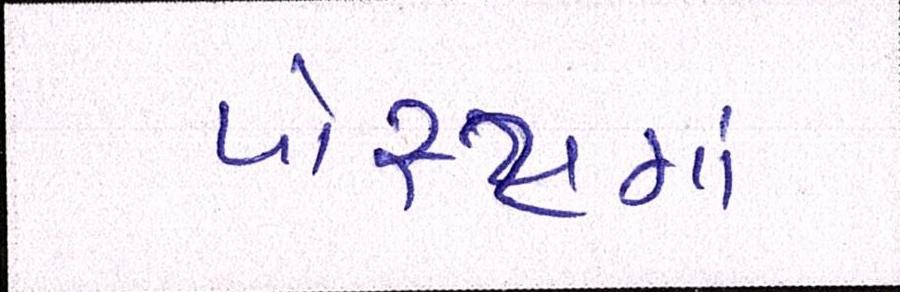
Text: પોસ્ટમાં